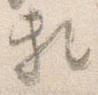
頼